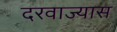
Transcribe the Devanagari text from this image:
दरवाज्यास